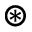
\circledast